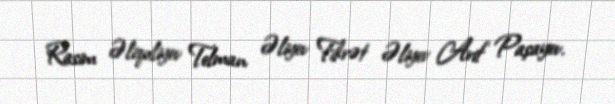
Rasim Əliquliyev Telman Əliyev Fikrət Əliyev Arif Paşayev.